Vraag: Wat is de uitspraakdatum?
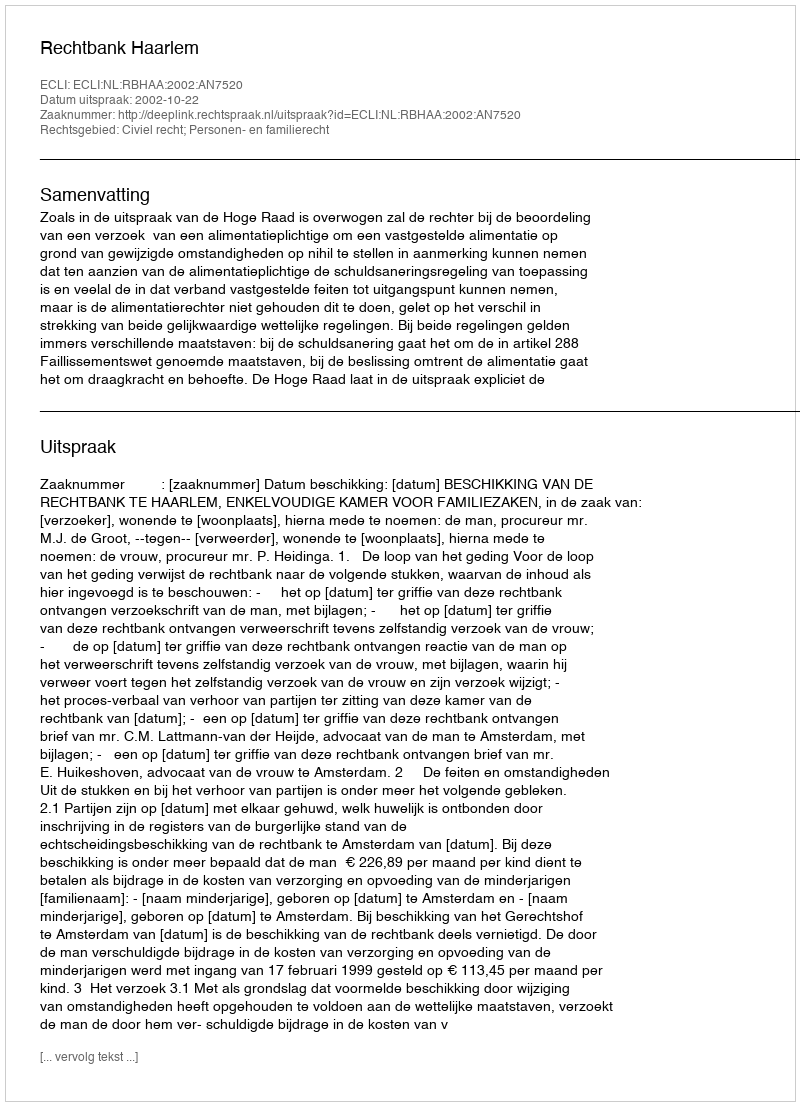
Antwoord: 2002-10-22